Vaccine operations Central Provinces 1868-1885 - 1868-1885
Year: 1868
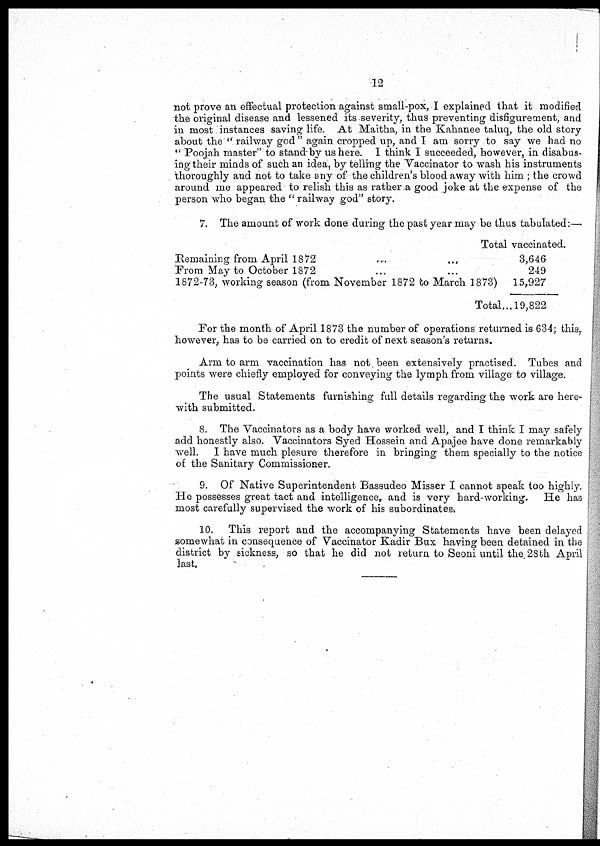
12
not prove an effectual protection against small-pox, I explained that it modified
the original disease and lessened its severity, thus preventing disfigurement, and
in most instances saving life. At Maitha, in the Kahanee taluq, the old story
about the "railway god" again cropped up, and I am sorry to say we had no
"Poojah master" to stand-by us here. I think I succeeded, however, in disabus-
ing their minds of such an idea, by telling the Vaccinator to wash his instruments
thoroughly and not to take any of the children's blood away with him ; the crowd
around me appeared to relish this as rather a good joke at the expense of the
person who began the "railway god" story.
7. The amount of work done during the past year may be thus tabulated:—
Total vaccinated.
Remaining from April 1872 ... ... ...
From May to October 1872
1872-73, working season (from November 1872 to March 1873)
3,646
249
15,927
Total... 19,822
For the month of April 1875 the number of operations returned is 634; this,
however, has to be carried on to credit of next season's returns.
Arm to arm vaccination has not been extensively practised. Tubes and
points were chiefly employed for conveying the lymph from village to village.
The usual Statements furnishing full details regarding the work are here-
with submitted.
8. The Vaccinators as a body have worked well, and I think I may safely
add honestly also. Vaccinators Syed Hossein and Apajee have done remarkably
well. I have much plesure therefore in bringing them specially to the notice
of the Sanitary Commissioner.
9. Of Native Superintendent Bassudeo Misser I cannot speak too highly.
He possesses great tact and intelligence, and is very hard-working, He has
most carefully supervised the work of his subordinates.
10. This report and the accompanying Statements have been delayed
somewhat in consequence of Vaccinator Kadir Bux having been detained in the
district by sickness, so that he did not return to Seoni until the 28th April
last.